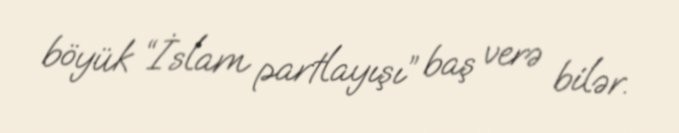
böyük “İslam partlayışı” baş verə bilər.